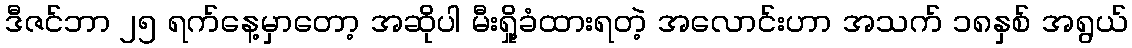
ဒီဇင်ဘာ ၂၅ ရက်နေ့မှာတော့ အဆိုပါ မီးရှို့ခံထားရတဲ့ အလောင်းဟာ အသက် ၁၈နှစ် အရွယ်